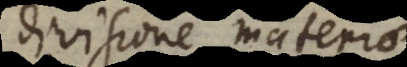
divisione materiae